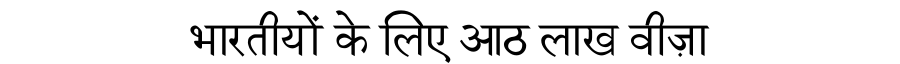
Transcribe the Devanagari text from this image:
भारतीयों के लिए आठ लाख वीज़ा